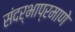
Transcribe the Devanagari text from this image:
संदर्भाप्रमाणे